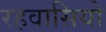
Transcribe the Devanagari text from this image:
रहवासियो